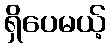
ရှိပေမယ့်